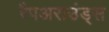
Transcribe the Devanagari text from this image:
रैपअराउंड्स